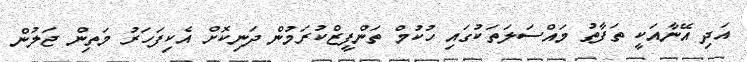
އަދި އޭނާއަކީ ތަފާތު މައްސަލަތަކުގައި ހުކުމް ތަންފީޒްކުރަމުން ދަނިކޮށް އެކިފަހަރު މަތިން ޖަލުން